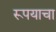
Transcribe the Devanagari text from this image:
रूपयाचा